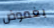
بغموض